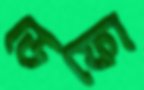
ডেফো